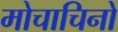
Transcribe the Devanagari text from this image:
मोचाचिनो